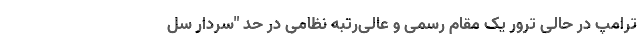
ترامپ در حالی ترور یک مقام رسمی و عالی‌رتبه نظامی در حد "سردار سل